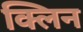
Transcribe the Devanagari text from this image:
क्‍लिन